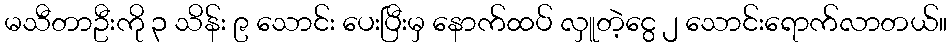
မသီတာဦးကို ၃ သိန်း ၉ သောင်း ပေးပြီးမှ နောက်ထပ် လှူတဲ့ငွေ ၂ သောင်းရောက်လာတယ်။